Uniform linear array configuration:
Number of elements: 4
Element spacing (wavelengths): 1
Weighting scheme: exponential
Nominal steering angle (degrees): -15
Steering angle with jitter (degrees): -14.144
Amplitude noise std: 0.05
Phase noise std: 0.05

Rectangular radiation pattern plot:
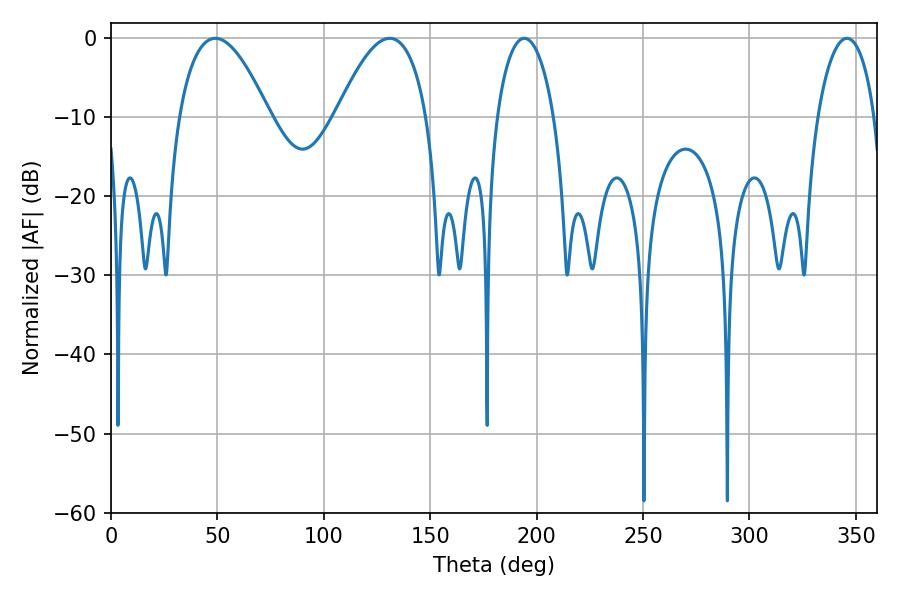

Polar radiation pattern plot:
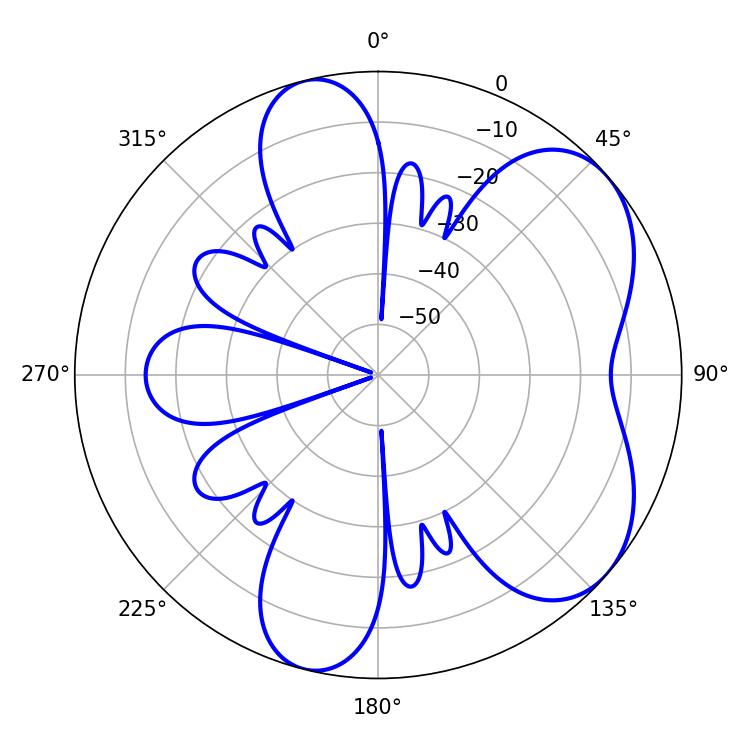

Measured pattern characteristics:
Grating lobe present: TRUE
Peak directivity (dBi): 5.729
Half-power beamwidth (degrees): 15.3
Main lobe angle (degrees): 194.22